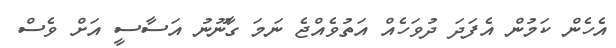
އެހެން ކަމުން އެފަދަ ދުވަހެއް އަތުވެއްޖެ ނަމަ ގާނޫނު އަސާސީ އަށް ވެސް